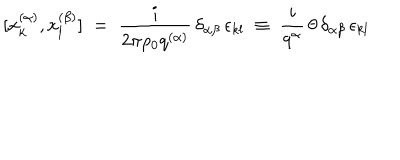
[ x _ { k } ^ { ( \alpha ) } , x _ { l } ^ { ( \beta ) } ] \; = \; \frac { i } { 2 \pi \rho _ { 0 } q ^ { ( \alpha ) } } \, \delta _ { \alpha \beta } \, \epsilon _ { k l } \; \equiv \; \frac { i } { q ^ { \alpha } } \, \theta \, \delta _ { \alpha \beta } \, \epsilon _ { k l }